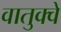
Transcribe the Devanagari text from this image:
वातुक्वे